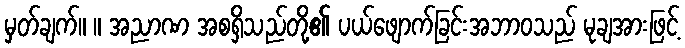
မှတ်ချက်။ ။ အညာဏ အစရှိသည်တို့၏ ပယ်ဖျောက်ခြင်းအဘာဝသည် မုချအားဖြင့်